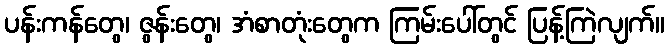
ပန်းကန်တွေ၊ ဇွန်းတွေ၊ အံစာတုံးတွေက ကြမ်းပေါ်တွင် ပြန့်ကြဲလျက်။